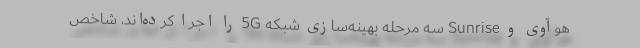
هوآوی و Sunrise سه مرحله بهینه‌سازی شبکه 5G را اجرا کرده‌اند، شاخص